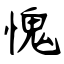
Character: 愧